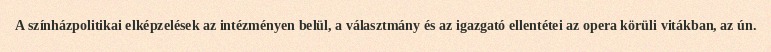
A színházpolitikai elképzelések az intézményen belül, a választmány és az igazgató ellentétei az opera körüli vitákban, az ún.